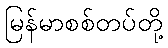
မြန်မာစစ်တပ်တို့